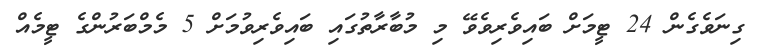
ގިނަވެގެން 24 ޓީމަށް ބައިވެރިވެވޭ މި މުބާރާތުގައި ބައިވެރިވުމަށް 5 މެމްބަރުންގެ ޓީމެއް